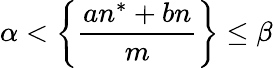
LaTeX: \alpha<{\biggl\{ }{\frac{an^{*}+bn}{m}}{\biggr\} }\leq\beta